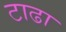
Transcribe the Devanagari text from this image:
टाढा